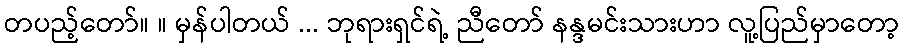
တပည့်တော်။ ။ မှန်ပါတယ် ... ဘုရားရှင်ရဲ့ ညီတော် နန္ဒမင်းသားဟာ လူ့ပြည်မှာတော့